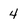
Character: 4